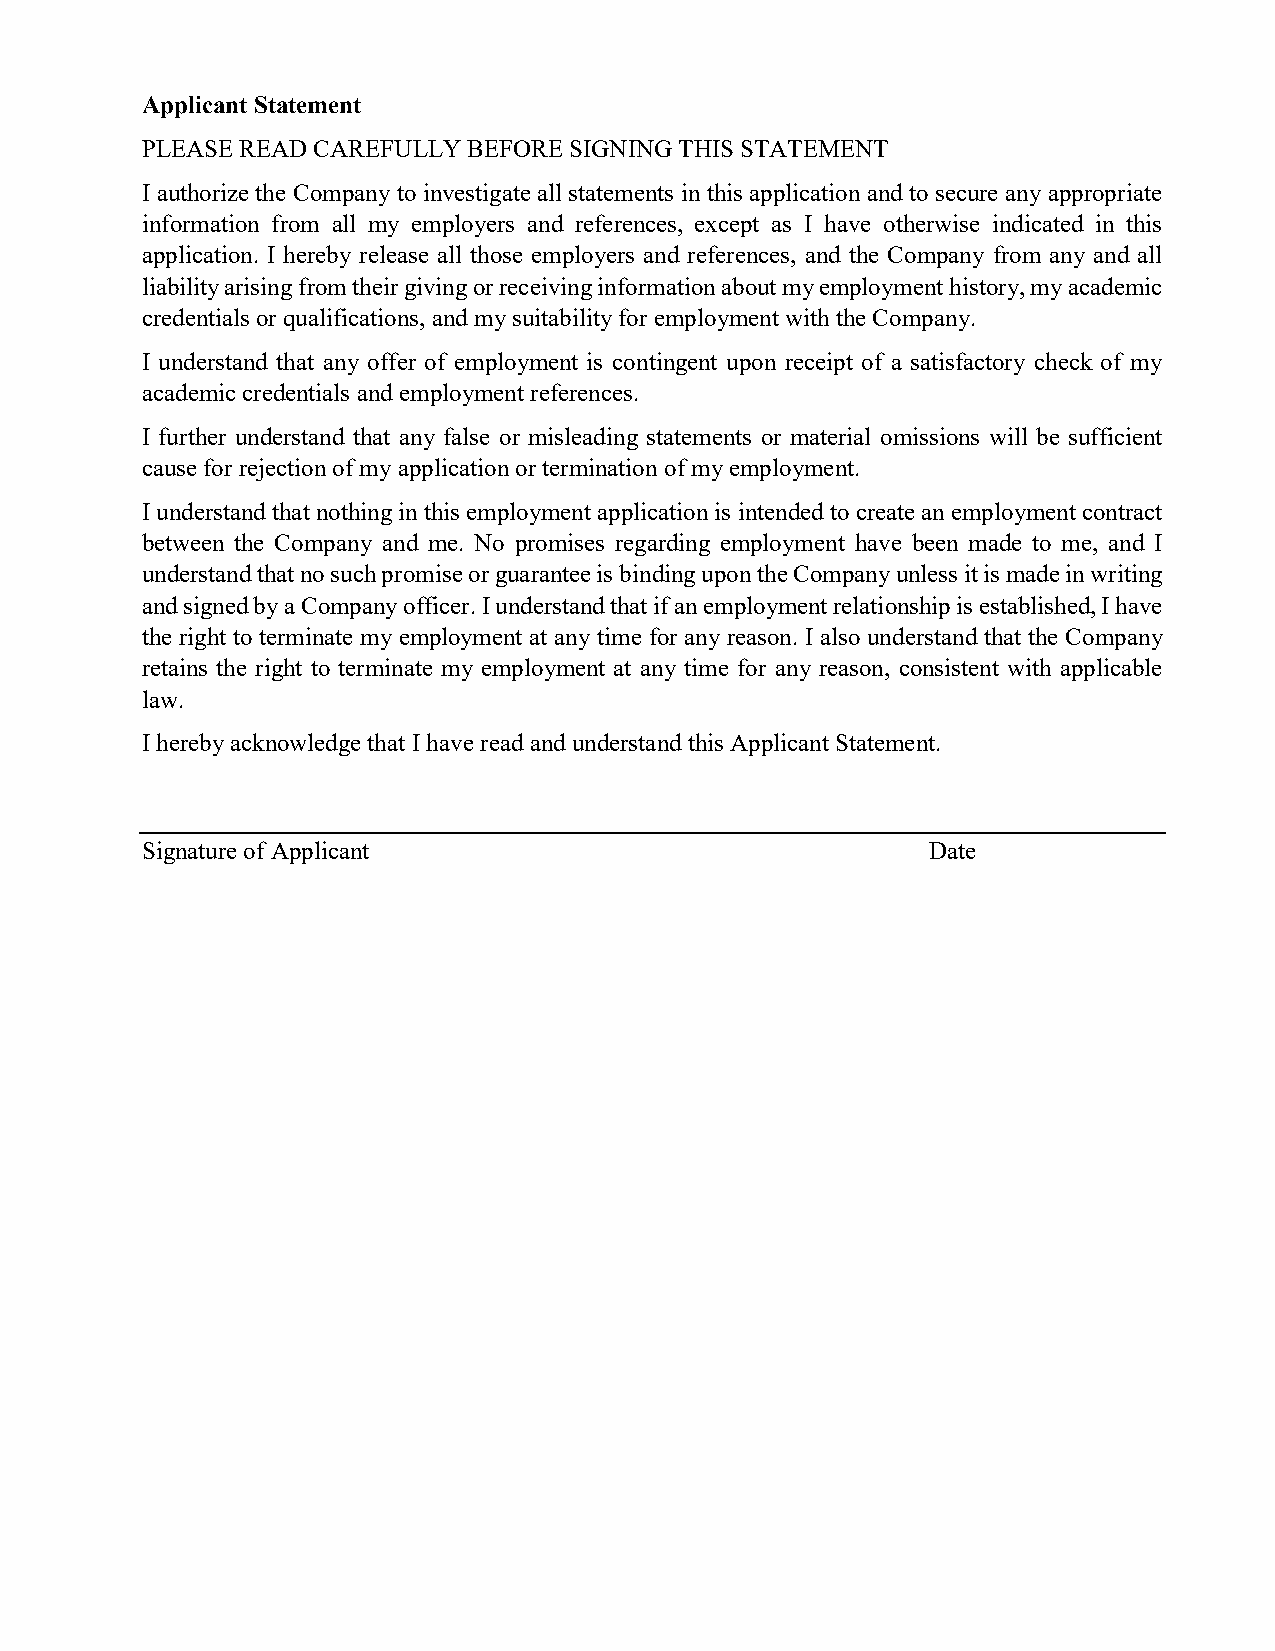
Applicant Statement
 PLEASE READ CAREFULLY BEFORE SIGNING THIS STATEMENT
 I authorize the Company to investigate all statements in this application and to secure any appropriate
 information from all my employers and references, except as I have otherwise indicated in this
 application. I hereby release all those employers and references, and the Company from any and all
 liability arising from their giving or receiving information about my employment history, my academic
 credentials or qualifications, and my suitability for employment with the Company.
 I understand that any offer of employment is contingent upon receipt of a satisfactory check of my
 academic credentials and employment references.
 I further understand that any false or misleading statements or material omissions will be sufficient
 cause for rejection of my application or termination of my employment.
 I understand that nothing in this employment application is intended to create an employment contract
 between the Company and me. No promises regarding employment have been made to me, and I
 understand that no such promise or guarantee is binding upon the Company unless it is made in writing
 and signed by a Company officer. I understand that if an employment relationship is established, I have
 the right to terminate my employment at any time for any reason. I also understand that the Company
 retains the right to terminate my employment at any time for any reason, consistent with applicable
 law.
 I hereby acknowledge that I have read and understand this Applicant Statement.
 Signature of Applicant                               Date